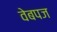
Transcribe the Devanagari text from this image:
वेबपज